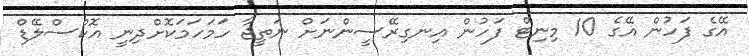
އޭގެ ފަހުން އޭގެ 10 މިނިޓް ފަހުން އިނގިރޭސީންނަށް ނަތީޖާ ހަމަހަމަކޮށްދިނީ އޮކްސްލޭޑް